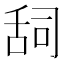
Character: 𮍷